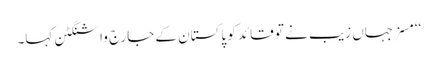
‘‘مسز جہاں زیب نے تو قائد کو پاکستان کے جارج واشنگٹن کہا۔